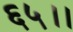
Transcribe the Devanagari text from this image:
६५।।